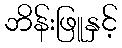
ဘိန်းဖြူနှင့်